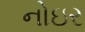
નોઇર